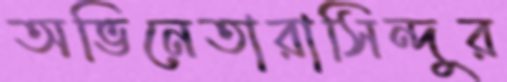
অভিনেতারাসিন্দুর